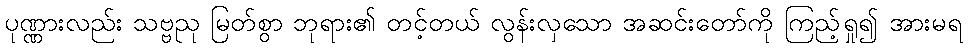
ပုဏ္ဏားလည်း သဗ္ဗညု မြတ်စွာ ဘုရား၏ တင့်တယ် လွန်းလှသော အဆင်းတော်ကို ကြည့်ရှု၍ အားမရ